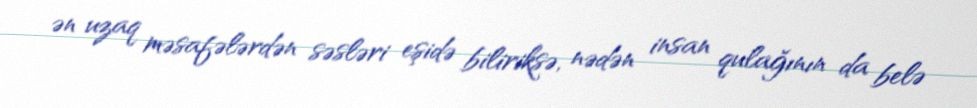
ən uzaq məsafələrdən səsləri eşidə biliriksə, nədən insan qulağının da belə